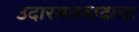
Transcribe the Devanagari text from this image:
उदारमतवादाचा